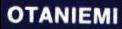
OTANIEMI